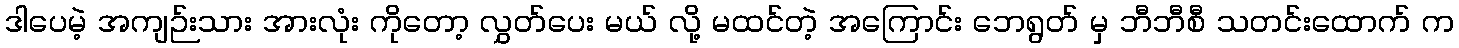
ဒါပေမဲ့ အကျဉ်းသား အားလုံး ကိုတော့ လွှတ်ပေး မယ် လို့ မထင်တဲ့ အကြောင်း ဘေရွတ် မှ ဘီဘီစီ သတင်းထောက် က